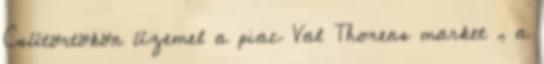
Csütörtökön üzemel a piac Val Thorens market , a